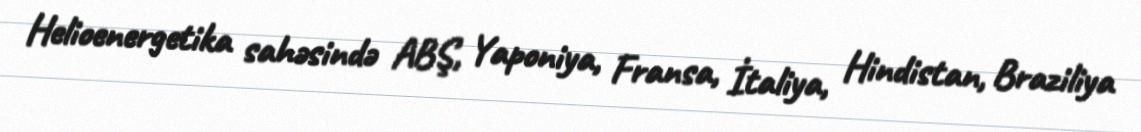
Helioenergetika sahəsində ABŞ, Yaponiya, Fransa, İtaliya, Hindistan, Braziliya